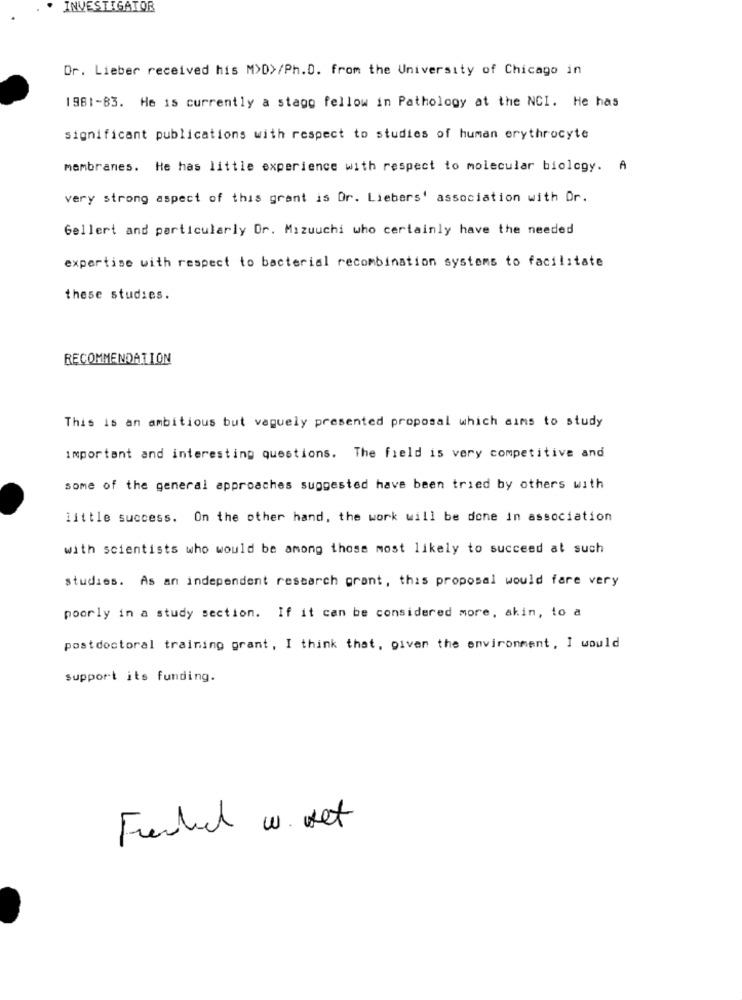
INVESTIGATOR
Dr. Lieber received his M>D>/Ph.D. from the University of Chicago in
1981-83. He is currently a stagg fellow in Pathology at the NCI. He has
significant publications with respect to studies of human erythrocyte
membranes. He has little experience with respect to molecular biology. A
very strong aspect of this grant is Dr. Liebers' association with Dr.
Gellert and particularly Or. Mizuuchi who certainly have the needed
expertise with respect to bacterial recombination systems to facilitate
these studies.
RECOMMENDATION
This is an ambitious but vaguely presented proposal which aims to study
important and interesting questions. The field is very competitive and
some of the general approaches suggested have been tried by others with
little success. On the other hand, the work will be done in association
with scientists who would be among those most likely to succeed at such
studies. As an independent research grant, this proposal would fare very
poorly in a study section. If it can be considered more, akin, to a
postdoctoral training grant, I think that, given the environment, I would
support its funding.
Funded w. set